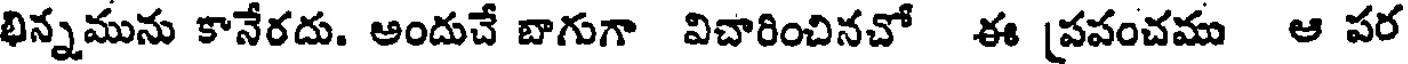
భిన్నమును కానేరదు. అందుచే బాగుగా విచారించినచో ఈ [పపంచము ఆ పర